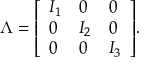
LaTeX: { \boldsymbol { \Lambda } } = { \left[ \begin{array} { l l l } { I _ { 1 } } & { 0 } & { 0 } \\ { 0 } & { I _ { 2 } } & { 0 } \\ { 0 } & { 0 } & { I _ { 3 } } \end{array} \right] } .